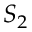
S _ { 2 }